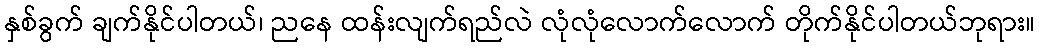
နှစ်ခွက် ချက်နိုင်ပါတယ်၊ ညနေ ထန်းလျက်ရည်လဲ လုံလုံလောက်လောက် တိုက်နိုင်ပါတယ်ဘုရား။